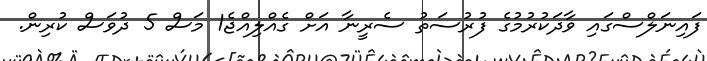
ފައިނަލްސްގައި ވާދަކުރުމުގެ ފުރުސަތު ސެރީނާ އަށް ގެއްލިއްޖެ1 މަސް 5 ދުވަސް ކުރިން.